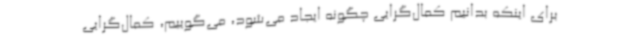
برای اینکه بدانیم کمال‌گرایی چگونه ایجاد می‌شود، می‌گوییم، کمال‌گرایی